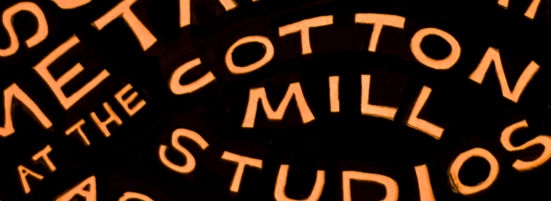
AT THE COTTON